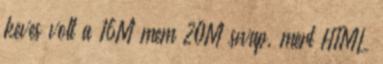
keves volt a 16M mem 20M swap, mert HTML